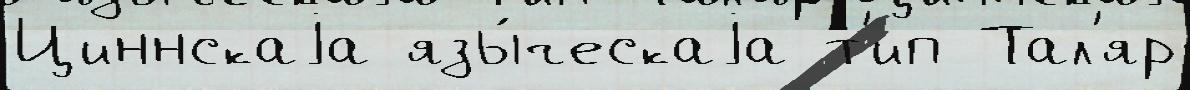
Циннскаjа язы́ческаjа т'ип Тал'яр